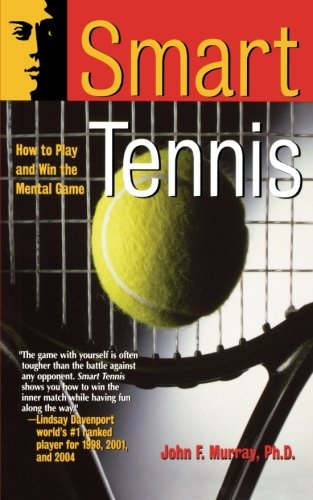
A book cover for Smart Tennis: How to Play and Win the Mental Game; John F. Murray; Sports & Outdoors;